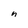
Character: n